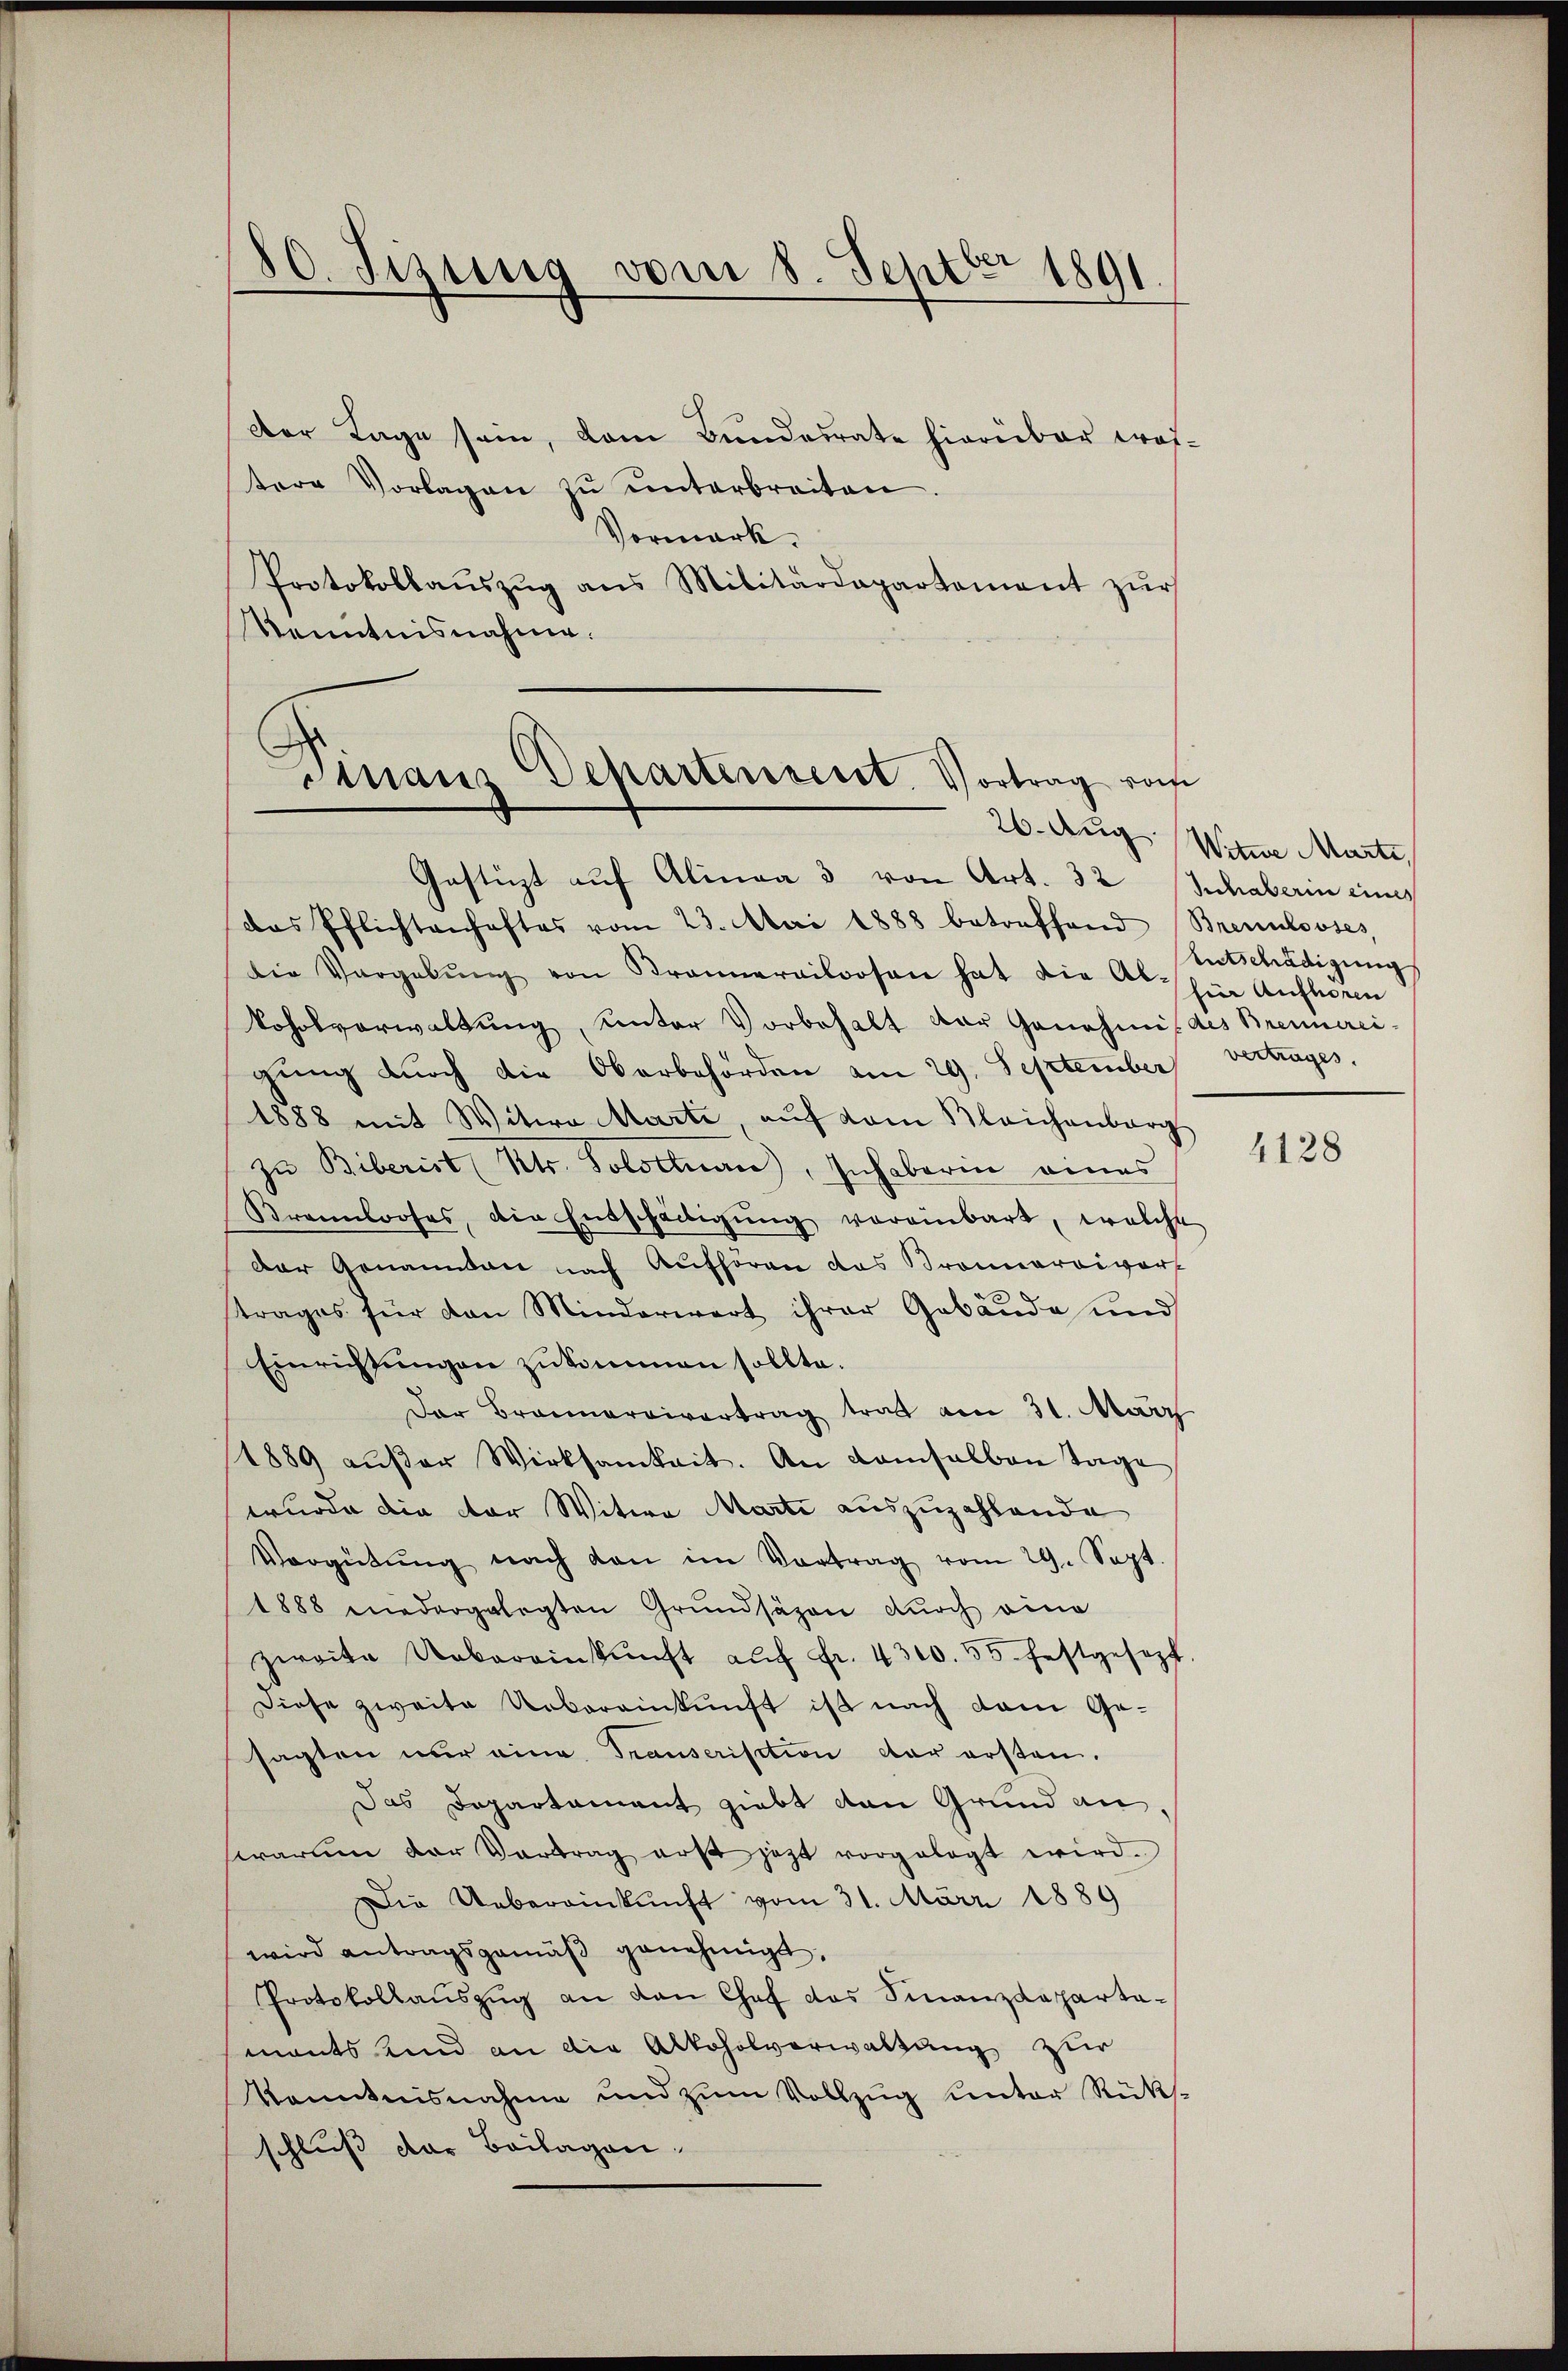
80. Sizung vom 8. Septer 1891

Der Tage sein, dem Bundesrate hierüber woh-
tere Vorlagen zŭ ŭnterbreiten
Vormerk.
Protokollaŭszŭg ans Militärdepartement zŭr
Kenntnisnahme.

G
Maus Schartensiret. Vortrag vom

Gestüzt auf Alinaa 3 von Art. 32 Inhaberin eines
das Pflichtenhaftes vom 23. Mai 1888 betreffend Brennlooses,
Die Vergabŭng von Brannerailoosen hat die Ab-
Vohnsverwaltung, unter Vorbehalt der Genehmig des Brennerei
gung durch die Oberbehörden am 29. September
1888 mit Witwe Marti, aŭf vom Bleichenberg
zu Biberist ( Kts. Solothurn), Inhaberin eines
Krennlooses, die Entschädigŭng vereinbart, welche
Der Genannten nach Aufhören des Bronnereivor
trages für den Minderwart ihrer Gebäude und
Einrichtŭngen zukommen sollte.
Der Brannarrivertrag trat am 31. März
1889 aŭβer Wirksamkeit. An damselben Tage
wurde die der Witwe Marti auszuzahlende
Vergütŭng nach den im Vortrag vom 29. Sept.
1888 niedergelegten Grundsäzen durch eine
zweite Uebereinkŭnft aŭf Fr. 4300. 55. festgesezt
Diese zweite Uebereinkunft ist nach dem Ge-
sagten nur eine Trauserisation der ersten.
Das Departament giebt den Grund an,
warum der Vertrag erst jetzt vorgelegt wird.
Die Uebereinkunft vom 31. März 1889
wird antragsgemäβ genehmigt.
Protokollaŭszŭg an den Chef das Finanzdepartamants Kind an die Alkoholverwaltung zur
Kenntnisnahme und zum Vollzug unter Rücksschluß der Beilagen,

26. Aug Witwe Marti
Entschädigung
für Aufhören
vertrages.

4128